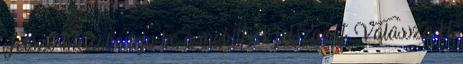
Jelszó mezőbe írja be a mobilfiók jelszavát. Válassza ki